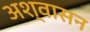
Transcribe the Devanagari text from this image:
अश्वासन